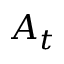
A _ { t }